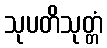
သုပတိသုတ္တံ